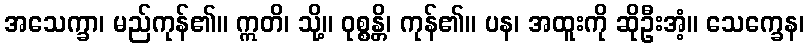
အသေက္ခာ၊ မည်ကုန်၏။ ဣတိ၊ သို့။ ဝုစ္စန္တိ၊ ကုန်၏။ ပန၊ အထူးကို ဆိုဦးအံ့။ သေက္ခေန၊